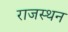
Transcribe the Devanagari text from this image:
राजस्थन